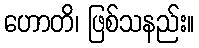
ဟောတိ၊ ဖြစ်သနည်း။